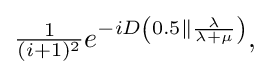
{\textstyle {\frac {1}{(i+1)^{2}}}e^{-iD\left(0.5\|{\frac {\lambda }{\lambda +\mu }}\right)},}